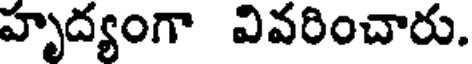
హృద్యంగా వివరించారు.